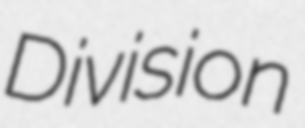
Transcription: Division